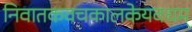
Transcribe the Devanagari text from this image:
निवातकवचकालकेयवधम्